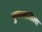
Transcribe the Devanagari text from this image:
पुण्यसलिला